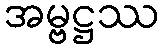
အမ္ဗဋ္ဌဿ